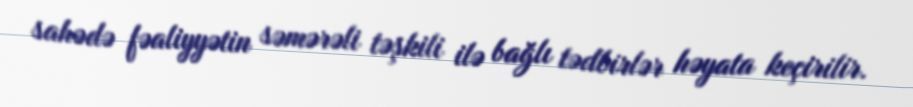
sahədə fəaliyyətin səmərəli təşkili ilə bağlı tədbirlər həyata keçirilir.